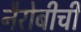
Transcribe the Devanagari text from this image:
नैरोबीची